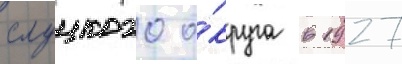
слуцкого о́круга в 1927